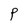
Character: P